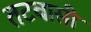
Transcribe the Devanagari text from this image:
तटवासी